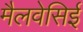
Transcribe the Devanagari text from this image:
मैलवेसिई